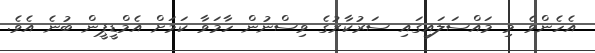
އެހެންވެ މި މައްސަލައިގައި ސަރުކާރުގެ ވިސްނުން ހާމަވާ ކަމަށް އެމްޑީޕީން ބުނެ އެވެ.